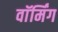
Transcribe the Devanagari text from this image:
वाॅर्मिंग